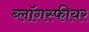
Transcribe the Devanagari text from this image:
ब्लॉगस्फीयर